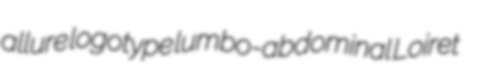
allure logotype lumbo-abdominal Loiret